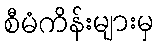
စီမံကိန်းများမှ